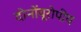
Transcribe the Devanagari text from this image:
दोनोंयूरोपीय